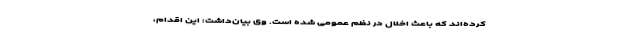
کرده‌اند که باعث اخلال در نظم عمومی شده است. وی بیان‌داشت: این اقدام،